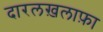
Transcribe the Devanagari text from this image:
दारलख़लाफ़ा